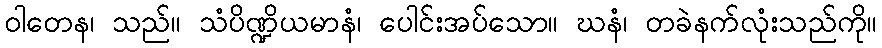
ဝါတေန၊ သည်။ သံပိဏ္ဍိယမာနံ၊ ပေါင်းအပ်သော။ ဃနံ၊ တခဲနက်လုံးသည်ကို။